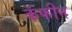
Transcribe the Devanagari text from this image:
कॅफीन